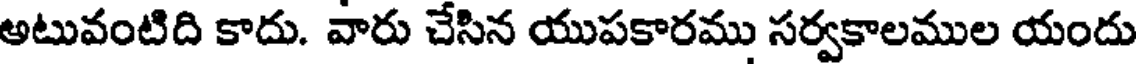
అటువంటిది కాదు. వారు చేసిన యుపకారము సర్వకాలముల యందు